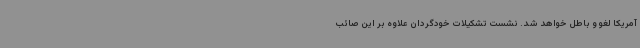
آمریکا لغو و باطل خواهد شد. نشست تشکیلات خودگردان علاوه بر این صائب